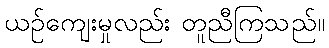
ယဉ်ကျေးမှုလည်း တူညီကြသည်။